Magi,_Artur, lk 23
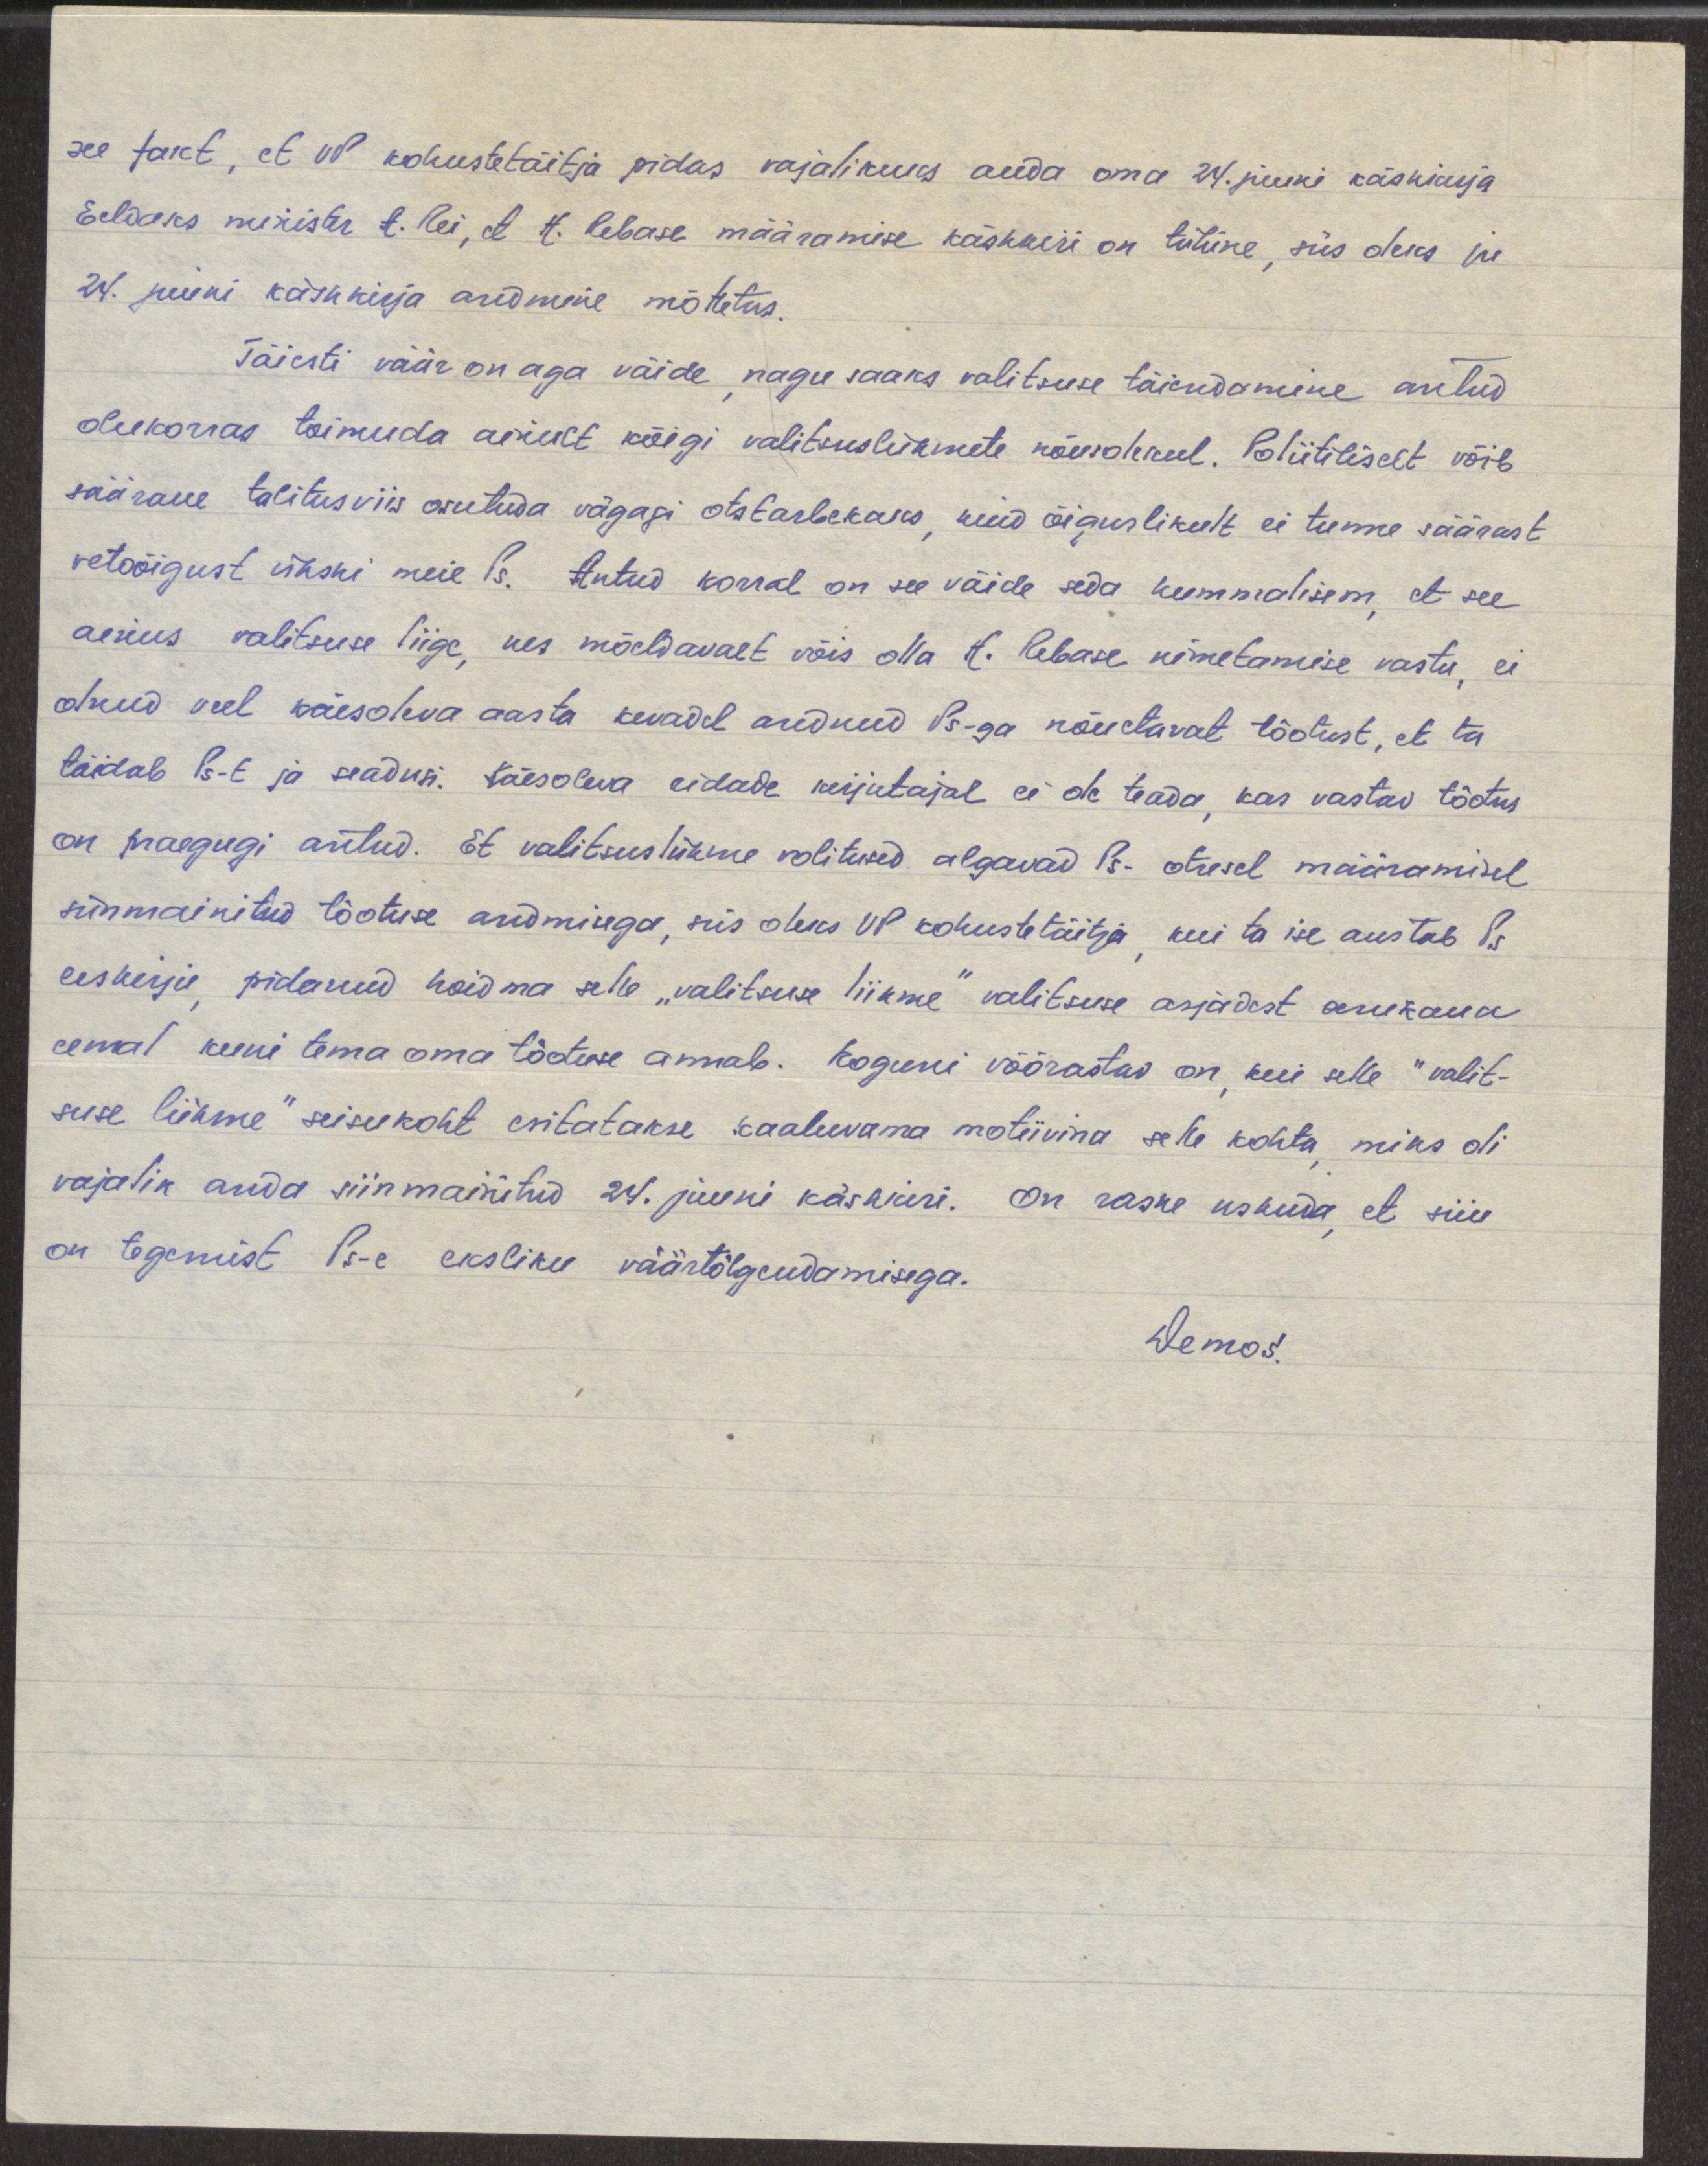
see fakt, et VP kohustetäitja pidas vajalikuks anda oma 24. juuni käskkirja
Eeldaks minister A. Rei, et H. Rebase määramise käskkiri on tühine, siis oleks ju
24. juuni käskkirja andmine mõttetus.
Täiesti väär on aga väide, nagu saaks valitsuse täiendamine antud
olukorras toimuda ainult kõigi valitsusliikmete nõusolekul. Poliitiliselt võib
säärane talitusviis osutuda vägagi otstarbekaks, kuid õiguslikult ei tunne säärast
vetoõigust ükski meie Ps. Antud korral on see väide seda kummalisem, et see
ainus valitsuse liige, kes mõeldavalt võis olla H. Rebase nimetamise vastu, ei
olnud veel käesoleva aasta kevadel andnud Ps-ga nõuetavat tõotust, et ta
täidab Ps-t ja seadusi. Käesoleva ridade kirjutajal ei ole teada, kas vastav tõotus
on praegugi antud. Et valitsusliikme volitused algavad Ps. otsesel määramisel
siinmainitud tõotuse andmisega, siis oleks VP kohustetäitja, kui ta ise austab Ps
eeskirju, pidanud hoidma selle "valitsuse liikme" valitsuse asjadest senikaua
eemal kuni tema oma tõotuse annab. Koguni võõrastav on, kui selle" valit-
suse liikme" seisukoht esitatakse kaaluvama motiivina selle kohta, miks oli
vajalik anda siinmainitud 24. juuni käskkiri. On raske uskuda, et siin
on tegemist Ps-e eksliku väärtõlgendamisega.
Demos.